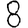
Digit: 8